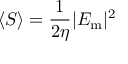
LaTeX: \langle S \rangle = { \frac { 1 } { 2 \eta } } | E _ { \mathrm { m } } | ^ { 2 }